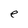
Character: e